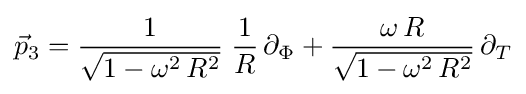
{\vec {p}}_{3}={\frac {1}{\sqrt {1-\omega ^{2}\,R^{2}}}}\;{\frac {1}{R}}\,\partial _{\Phi }+{\frac {\omega \,R}{\sqrt {1-\omega ^{2}\,R^{2}}}}\,\partial _{T}